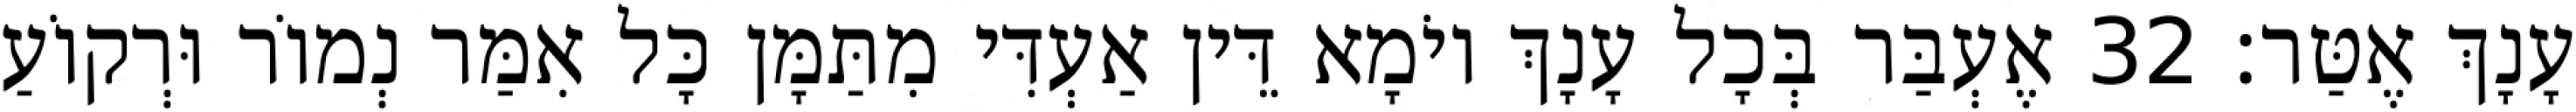
עָנָךְ אֶטַּר׃ 32 אֶעְבַּר בְּכָל עָנָךְ יוֹמָא דֵּין אַעְדִּי מִתַּמָּן כָּל אִמַּר נְמוֹר וּרְקוֹעַ